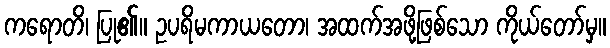
ကရောတိ၊ ပြု၏။ ဥပရိမကာယတော၊ အထက်အဖို့ဖြစ်သော ကိုယ်တော်မှ။